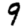
Digit: 9